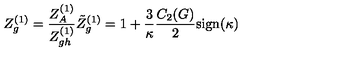
Z _ { g } ^ { ( 1 ) } = \frac { Z _ { A } ^ { ( 1 ) } } { Z _ { g h } ^ { ( 1 ) } } \tilde { Z } _ { g } ^ { ( 1 ) } = 1 + \frac { 3 } { \kappa } \frac { C _ { 2 } ( G ) } { 2 } \mathrm { s i g n } ( \kappa )